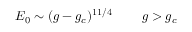
E _ { 0 } \sim ( g - g _ { c } ) ^ { 1 1 / 4 } \; \; \; \; \; \; \; \; g > g _ { c }